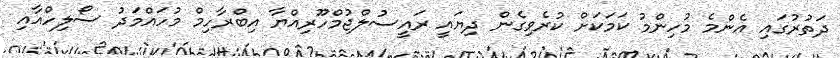
ދަތުރުގައި އެންމެ މުހިންމު ކަމަކަށް ކުރެވިގެން ދިޔައީ ރައީސުލްޖުމްހޫރިއްޔާ އިބްރާހިމް މުހައްމަދު ސޯލިހްއާއި